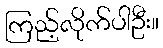
ကြည့်လိုက်ပါဦး။